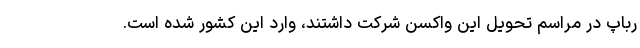
رباپ در مراسم تحویل این واکسن شرکت داشتند، وارد این کشور شده است.